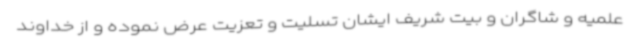
علمیه و شاگران و بیت شریف ایشان تسلیت و تعزیت عرض نموده و از خداوند